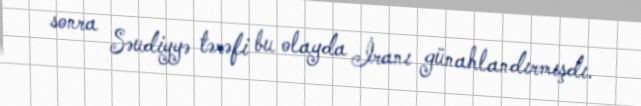
sonra Səudiyyə tərəfi bu olayda İranı günahlandırmışdı.